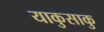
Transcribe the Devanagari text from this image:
याकुसाकु